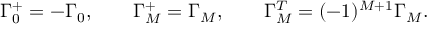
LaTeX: \Gamma _ { 0 } ^ { + } = - \Gamma _ { 0 } , \qquad \Gamma _ { M } ^ { + } = \Gamma _ { M } , \qquad \Gamma _ { M } ^ { T } = ( - 1 ) ^ { M + 1 } \Gamma _ { M } .